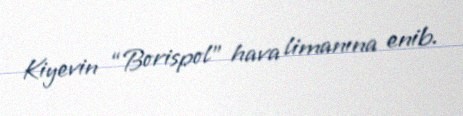
Kiyevin “Borispol” hava limanına enib.